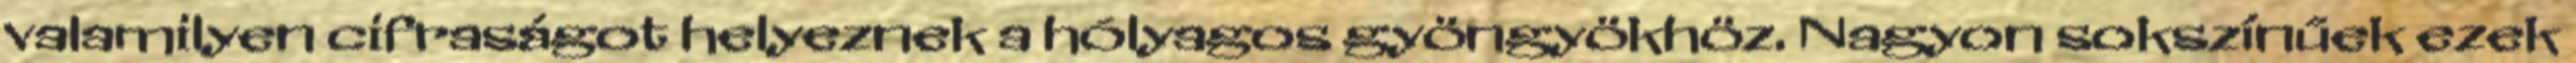
valamilyen cifraságot helyeznek a hólyagos gyöngyökhöz. Nagyon sokszínűek ezek